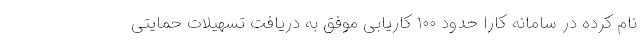
نام کرده در سامانه کارا حدود ۱۰۰ کاریابی موفق به دریافت تسهیلات حمایتی